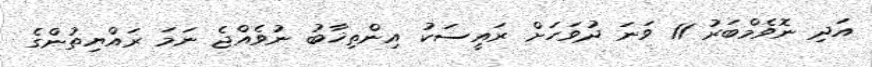
އަދި ނޮވެމްބަރު 11 ވަނަ ދުވަހަށް ރައީސަކު އިންތިޚާބު ނުވެއްޖެ ނަމަ ރައްޔިތުންގެ